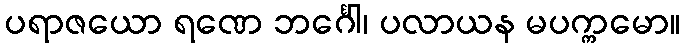
ပရာဇယော ရဏေ ဘင်္ဂေါ၊ ပလာယန မပက္ကမော။